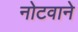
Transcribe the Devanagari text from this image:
नोटवाने